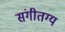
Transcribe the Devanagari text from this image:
संगीतग्य